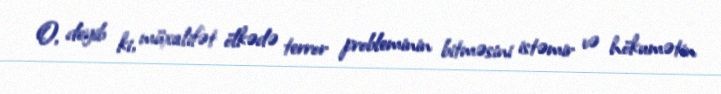
O, deyib ki, müxalifət ölkədə terror probleminin bitməsini istəmir və hökumətin